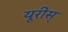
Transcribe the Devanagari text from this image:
यूरीस्